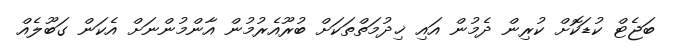
ބަޖެޓް ކުޑަކޮށް ކުރިން ދެމުން އައި ޚިދުމަތްތަކަށް ބުރޫއެރުމުން އާންމުންނަށް އެކަން ގަބޫލެއް